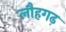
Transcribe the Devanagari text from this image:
लौहगढ़